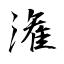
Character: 潅